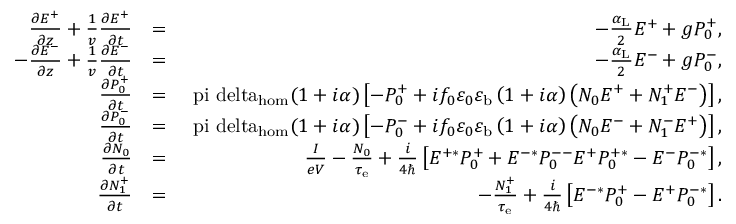
\begin{array} { r l r } { \frac { \partial E ^ { + } } { \partial z } + \frac { 1 } { v } \frac { \partial E ^ { + } } { \partial t } } & { = } & { - \frac { \alpha _ { \mathrm { L } } } { 2 } E ^ { + } + g P _ { 0 } ^ { + } , } \\ { - \frac { \partial E ^ { - } } { \partial z } + \frac { 1 } { v } \frac { \partial E ^ { - } } { \partial t } } & { = } & { - \frac { \alpha _ { \mathrm { L } } } { 2 } E ^ { - } + g P _ { 0 } ^ { - } , } \\ { \frac { \partial P _ { 0 } ^ { + } } { \partial t } } & { = } & { \mathrm { \ p i \ d e l t a _ { h o m } } ( 1 + i \alpha ) \left[ - P _ { 0 } ^ { + } + i f _ { 0 } \varepsilon _ { 0 } \varepsilon _ { \mathrm { b } } \left( 1 + i \alpha \right) \left( N _ { 0 } E ^ { + } + N _ { 1 } ^ { + } E ^ { - } \right) \right] , } \\ { \frac { \partial P _ { 0 } ^ { - } } { \partial t } } & { = } & { \mathrm { \ p i \ d e l t a _ { h o m } } ( 1 + i \alpha ) \left[ - P _ { 0 } ^ { - } + i f _ { 0 } \varepsilon _ { 0 } \varepsilon _ { \mathrm { b } } \left( 1 + i \alpha \right) \left( N _ { 0 } E ^ { - } + N _ { 1 } ^ { - } E ^ { + } \right) \right] , } \\ { \frac { \partial N _ { 0 } } { \partial t } } & { = } & { \frac { I } { e V } - \frac { N _ { 0 } } { \tau _ { \mathrm { e } } } + \frac { i } { 4 \hbar } \left[ E ^ { + * } P _ { 0 } ^ { + } + E ^ { - * } P _ { 0 } ^ { -- } E ^ { + } P _ { 0 } ^ { + * } - E ^ { - } P _ { 0 } ^ { - * } \right] , } \\ { \frac { \partial N _ { 1 } ^ { + } } { \partial t } } & { = } & { - \frac { N _ { 1 } ^ { + } } { \tau _ { \mathrm { e } } } + \frac { i } { 4 \hbar } \left[ E ^ { - * } P _ { 0 } ^ { + } - E ^ { + } P _ { 0 } ^ { - * } \right] . } \end{array}